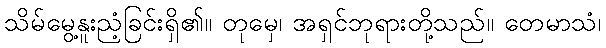
သိမ်မွေ့နူးညံ့ခြင်းရှိ၏။ တုမှေ၊ အရှင်ဘုရားတို့သည်။ တေမာသံ၊